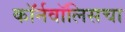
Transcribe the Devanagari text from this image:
कॉर्नवॉलिसचा